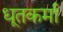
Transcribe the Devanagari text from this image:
धूतकर्मा